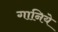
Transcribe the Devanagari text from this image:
गानिये